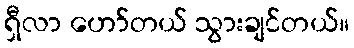
ရှီလာ ဟော်တယ် သွားချင်တယ်။